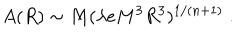
A ( R ) \sim M ( \lambda e M ^ { 3 } R ^ { 3 } ) ^ { 1 / ( n + 1 ) } \; .